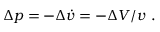
\Delta p = - \Delta \dot { v } = - \Delta V / v \ .